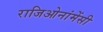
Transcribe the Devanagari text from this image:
राजिओनांमेंसी